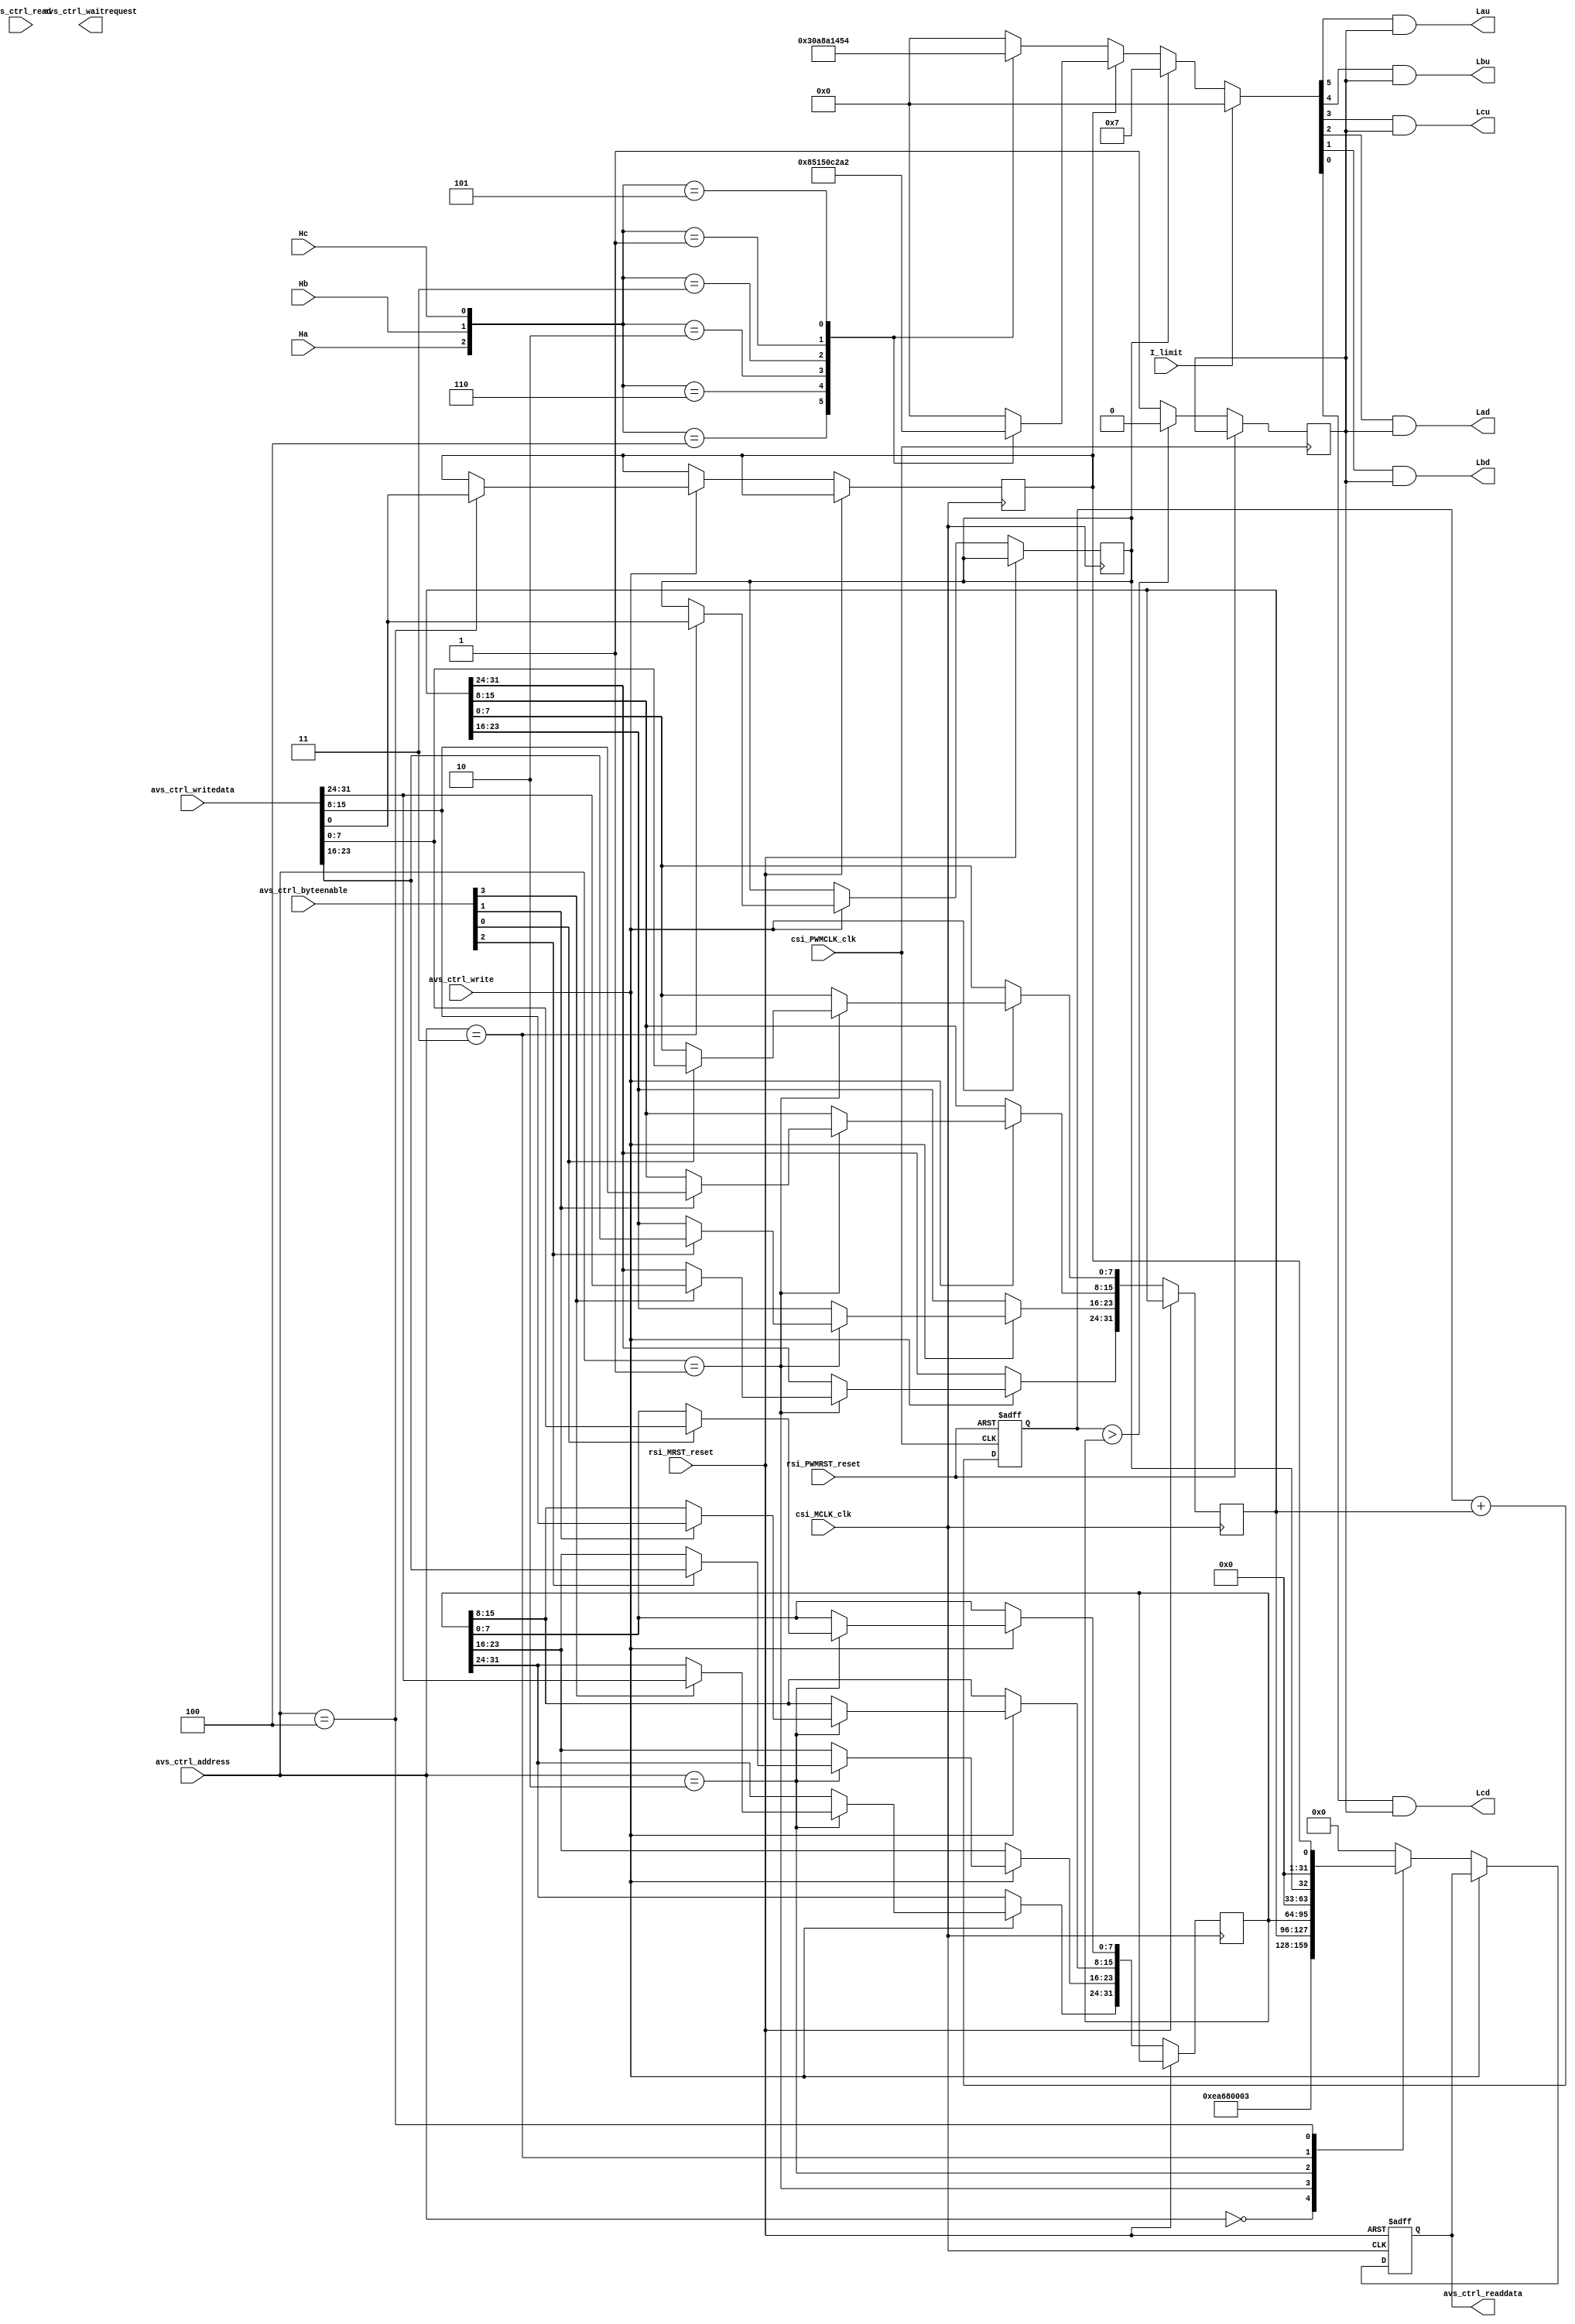
module brushless_motor(
// Qsys bus interface	
		input					rsi_MRST_reset,
		input					csi_MCLK_clk,
		input		[31:0]	avs_ctrl_writedata,
		output	[31:0]	avs_ctrl_readdata,
		input		[3:0]		avs_ctrl_byteenable,
		input		[2:0]		avs_ctrl_address,
		input					avs_ctrl_write,
		input					avs_ctrl_read,
		output				avs_ctrl_waitrequest,
		
		input					rsi_PWMRST_reset,
      input					csi_PWMCLK_clk,
//brushless_moter_interface		
		input I_limit,	
		
		input Ha,
		input Hb,
		input Hc,
		
		output Lau,		
		output Lbu,
		output Lcu,
		output Lad,
		output Lbd,
		output Lcd
		);
//Qsys controller		
	reg  forward_back;
	reg  brake;   
	wire error;		    	
	reg [31:0] PWM_width;
	reg [31:0] PWM_frequent;
	reg [31:0] read_data;
	assign	avs_ctrl_readdata = read_data;
	always@(posedge csi_MCLK_clk or posedge rsi_MRST_reset)
	begin
		if(rsi_MRST_reset) begin
			read_data <= 0;
		end
		else if(avs_ctrl_write) 
		begin
			case(avs_ctrl_address)
				1: begin
					if(avs_ctrl_byteenable[3]) PWM_frequent[31:24] <= avs_ctrl_writedata[31:24];
					if(avs_ctrl_byteenable[2]) PWM_frequent[23:16] <= avs_ctrl_writedata[23:16];
					if(avs_ctrl_byteenable[1]) PWM_frequent[15:8] <= avs_ctrl_writedata[15:8];
					if(avs_ctrl_byteenable[0]) PWM_frequent[7:0] <= avs_ctrl_writedata[7:0];
				end
				2: begin
					if(avs_ctrl_byteenable[3]) PWM_width[31:24] <= avs_ctrl_writedata[31:24];
					if(avs_ctrl_byteenable[2]) PWM_width[23:16] <= avs_ctrl_writedata[23:16];
					if(avs_ctrl_byteenable[1]) PWM_width[15:8] <= avs_ctrl_writedata[15:8];
					if(avs_ctrl_byteenable[0]) PWM_width[7:0] <= avs_ctrl_writedata[7:0];
				end
				3: brake <= avs_ctrl_writedata[0];
				4: forward_back <= avs_ctrl_writedata[0];
				default:;
			endcase
	   end
		else begin
			case(avs_ctrl_address)
				0: read_data <= 32'hEA680003;
				1: read_data <= PWM_frequent;
				2: read_data <= PWM_width;
				3: read_data <= {31'b0,brake};
				4: read_data <= {31'b0,forward_back};
				default: read_data <= 32'b0;
			endcase
		end
	end
//PWM controller		
	reg [31:0] PWM;
	reg PWM_out;
	always @ (posedge csi_PWMCLK_clk or posedge rsi_PWMRST_reset)
	begin
		if(rsi_PWMRST_reset)
			PWM <= 32'b0;
		else
		begin
			PWM <= PWM + PWM_frequent;
			PWM_out <=(PWM > PWM_width) ? 0:1;   
		end
	end
	
//Brushless motor controller 			
	reg Lau_r;		
	reg Lbu_r;
	reg Lcu_r;
	reg Lad_r;
	reg Lbd_r;
	reg Lcd_r;		
	always @(Ha or Hb or Hc)
	begin
		if(I_limit)
			{Lau_r,Lbu_r,Lcu_r,Lad_r,Lbd_r,Lcd_r}<= 6'd0;
		else if(brake)
			{Lau_r,Lbu_r,Lcu_r,Lad_r,Lbd_r,Lcd_r}<= 6'b000111;
		else
		if(forward_back)		
			case ({Ha,Hb,Hc})
				3'b100:
					{Lau_r,Lbu_r,Lcu_r,Lad_r,Lbd_r,Lcd_r}<= 6'b100001;
				3'b110:
					{Lau_r,Lbu_r,Lcu_r,Lad_r,Lbd_r,Lcd_r}<= 6'b010001;
				3'b010:
					{Lau_r,Lbu_r,Lcu_r,Lad_r,Lbd_r,Lcd_r}<= 6'b010100;
				3'b011:
					{Lau_r,Lbu_r,Lcu_r,Lad_r,Lbd_r,Lcd_r}<= 6'b001100;
				3'b001:
					{Lau_r,Lbu_r,Lcu_r,Lad_r,Lbd_r,Lcd_r}<= 6'b001010;
				3'b101:	
					{Lau_r,Lbu_r,Lcu_r,Lad_r,Lbd_r,Lcd_r}<= 6'b100010;
				default:					
					{Lau_r,Lbu_r,Lcu_r,Lad_r,Lbd_r,Lcd_r}<= 6'd0;	
			endcase
		else 
			case ({Ha,Hb,Hc})
				3'b100:
					{Lau_r,Lbu_r,Lcu_r,Lad_r,Lbd_r,Lcd_r}<= 6'b001100;
				3'b110:
					{Lau_r,Lbu_r,Lcu_r,Lad_r,Lbd_r,Lcd_r}<= 6'b001010;
				3'b010:
					{Lau_r,Lbu_r,Lcu_r,Lad_r,Lbd_r,Lcd_r}<= 6'b100010;
				3'b011:
					{Lau_r,Lbu_r,Lcu_r,Lad_r,Lbd_r,Lcd_r}<= 6'b100001;
				3'b001:
					{Lau_r,Lbu_r,Lcu_r,Lad_r,Lbd_r,Lcd_r}<= 6'b010001;
				3'b101:	
					{Lau_r,Lbu_r,Lcu_r,Lad_r,Lbd_r,Lcd_r}<= 6'b010100;
				default:					
					{Lau_r,Lbu_r,Lcu_r,Lad_r,Lbd_r,Lcd_r}<= 6'd0;	
		endcase
	end	
	assign error = {Lau_r,Lbu_r,Lcu_r,Lad_r,Lbd_r,Lcd_r}?0:1;		
	assign Lau = Lau_r & PWM_out;		
	assign Lbu = Lbu_r & PWM_out;
	assign Lcu = Lcu_r & PWM_out;
	assign Lad = Lad_r & PWM_out;
	assign Lbd = Lbd_r & PWM_out;
	assign Lcd = Lcd_r & PWM_out;
endmodule